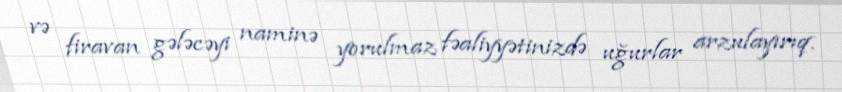
və firavan gələcəyi naminə yorulmaz fəaliyyətinizdə uğurlar arzulayırıq.